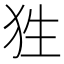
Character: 狌